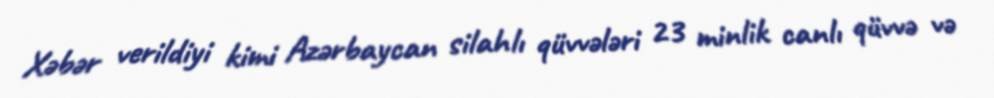
Xəbər verildiyi kimi Azərbaycan silahlı qüvvələri 23 minlik canlı qüvvə və